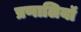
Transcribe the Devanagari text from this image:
प्रणालियॉ